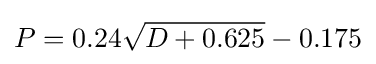
P=0.24{\sqrt {D+0.625}}-0.175